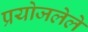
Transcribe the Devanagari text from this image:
प्रयोजलेले